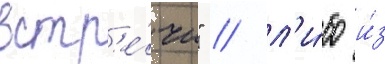
встр'е́чи" / л'и́бо и́з